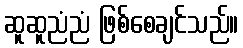
ဆူဆူညံညံ ဖြစ်စေချင်သည်။